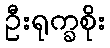
ဦးရုက္ခစိုး